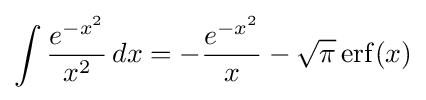
\int {\frac {e^{-x^{2}}}{x^{2}}}\,dx=-{\frac {e^{-x^{2}}}{x}}-{\sqrt {\pi }}\operatorname {erf} (x)